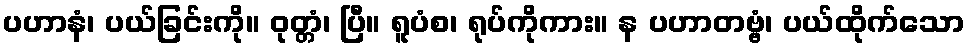
ပဟာနံ၊ ပယ်ခြင်းကို။ ဝုတ္တံ၊ ပြီ။ ရူပံစ၊ ရုပ်ကိုကား။ န ပဟာတဗ္ဗံ၊ ပယ်ထိုက်သော